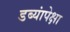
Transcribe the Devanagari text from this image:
डब्यांपेक्षा